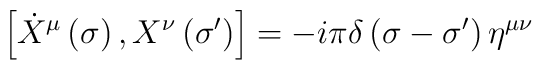
\left[ \dot{X}^\mu\left( \sigma\right) ,  X^\nu\left(\sigma^\prime\right)\right] = -i\pi \delta\left( \sigma - \sigma^\prime\right)\eta^{\mu\nu}